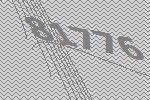
81776